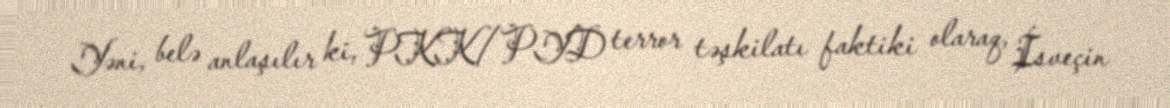
Yəni, belə anlaşılır ki, PKK/PYD terror təşkilatı faktiki olaraq, İsveçin